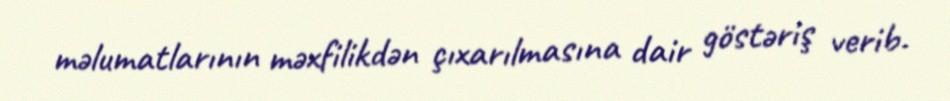
məlumatlarının məxfilikdən çıxarılmasına dair göstəriş verib.